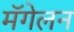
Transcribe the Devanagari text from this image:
मॅगेलन